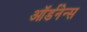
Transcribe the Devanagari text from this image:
ऑर्डनेन्स